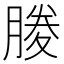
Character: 𭩃